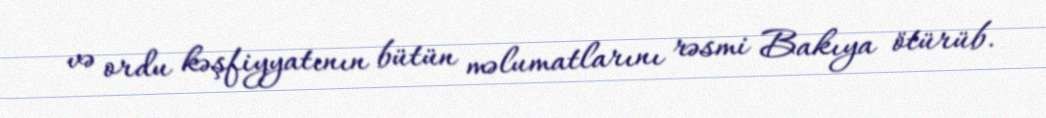
və ordu kəşfiyyatının bütün məlumatlarını rəsmi Bakıya ötürüb.